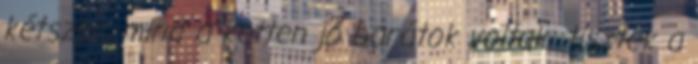
kétszer, mind a ketten jó barátok voltak; tisztek a